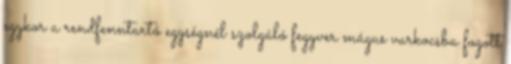
egykor a rendfenntartó egységnél szolgáló fegyver mágus varkocsba fogott